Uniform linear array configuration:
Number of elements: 24
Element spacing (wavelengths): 1
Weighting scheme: blackman
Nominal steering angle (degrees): -60
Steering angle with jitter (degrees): -61.688
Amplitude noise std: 0.05
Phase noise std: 0.05

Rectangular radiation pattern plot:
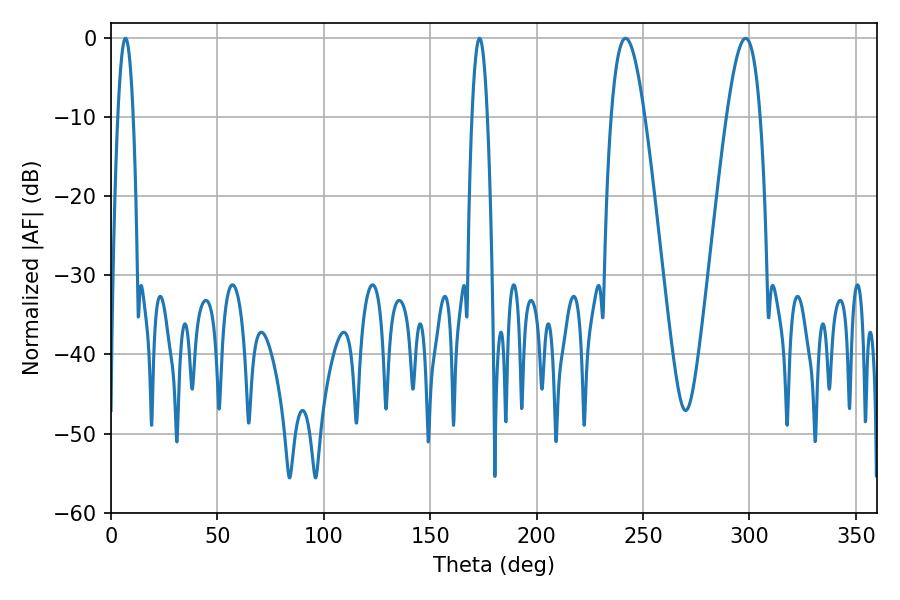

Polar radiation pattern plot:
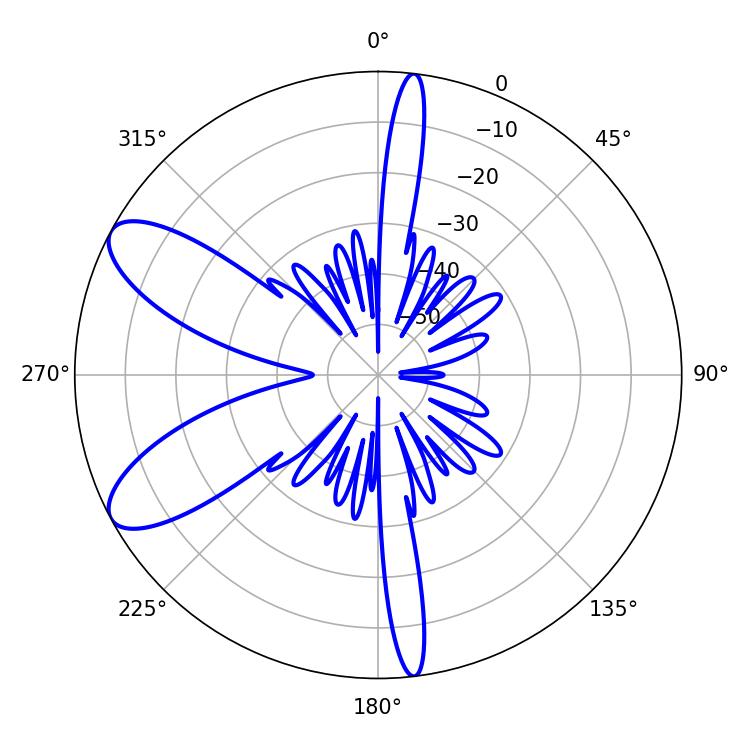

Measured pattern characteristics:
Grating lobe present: TRUE
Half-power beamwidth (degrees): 3.96
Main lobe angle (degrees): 6.84